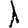
Digit: 1